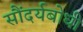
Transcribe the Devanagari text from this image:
सौंदर्यबोधी